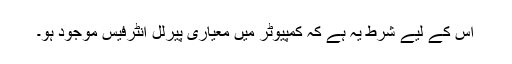
اس کے لیے شرط یہ ہے کہ کمپیوٹر میں معیاری پیرلل انٹرفیس موجود ہو۔